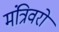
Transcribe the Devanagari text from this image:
मंत्रिवरो